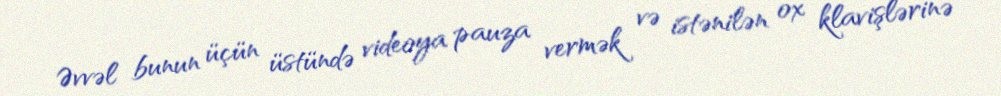
Əvvəl bunun üçün üstündə videoya pauza vermək və istənilən ox klavişlərinə